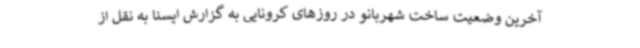
آخرین وضعیت ساخت شهربانو در روزهای کرونایی به گزارش ایسنا به نقل از